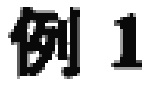
例 1